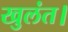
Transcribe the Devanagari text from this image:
खुलंत।